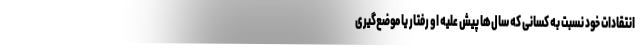
انتقادات خود نسبت به کسانی که سال‌ها پیش علیه او رفتار یا موضع‌گیری